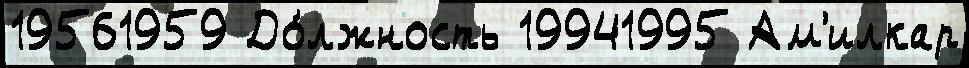
19561959 До́лжность 19941995 Ам'илкар